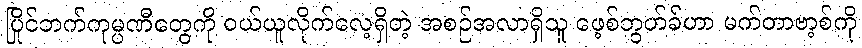
ပြိုင်ဘက်ကုမ္ပဏီတွေကို ဝယ်ယူလိုက်လေ့ရှိတဲ့ အစဉ်အလာရှိသူ ဖေ့စ်ဘွတ်ခ်ဟာ မက်တာဗာ့စ်ကို